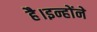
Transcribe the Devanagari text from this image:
है।इन्होंने